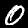
Label: 0